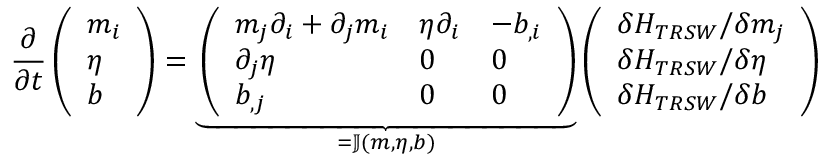
\frac { \partial } { \partial t } \left( \begin{array} { l } { m _ { i } } \\ { \eta } \\ { b } \end{array} \right) = \underbrace { \left( \begin{array} { l l l } { m _ { j } \partial _ { i } + \partial _ { j } m _ { i } } & { \eta \partial _ { i } } & { - b _ { , i } } \\ { \partial _ { j } \eta } & { 0 } & { 0 } \\ { b _ { , j } } & { 0 } & { 0 } \end{array} \right) } _ { = \mathbb { J } ( \boldsymbol { m } , \eta , b ) } \left( \begin{array} { l } { \delta H _ { T R S W } / \delta m _ { j } } \\ { \delta H _ { T R S W } / \delta \eta } \\ { \delta H _ { T R S W } / \delta b } \end{array} \right)